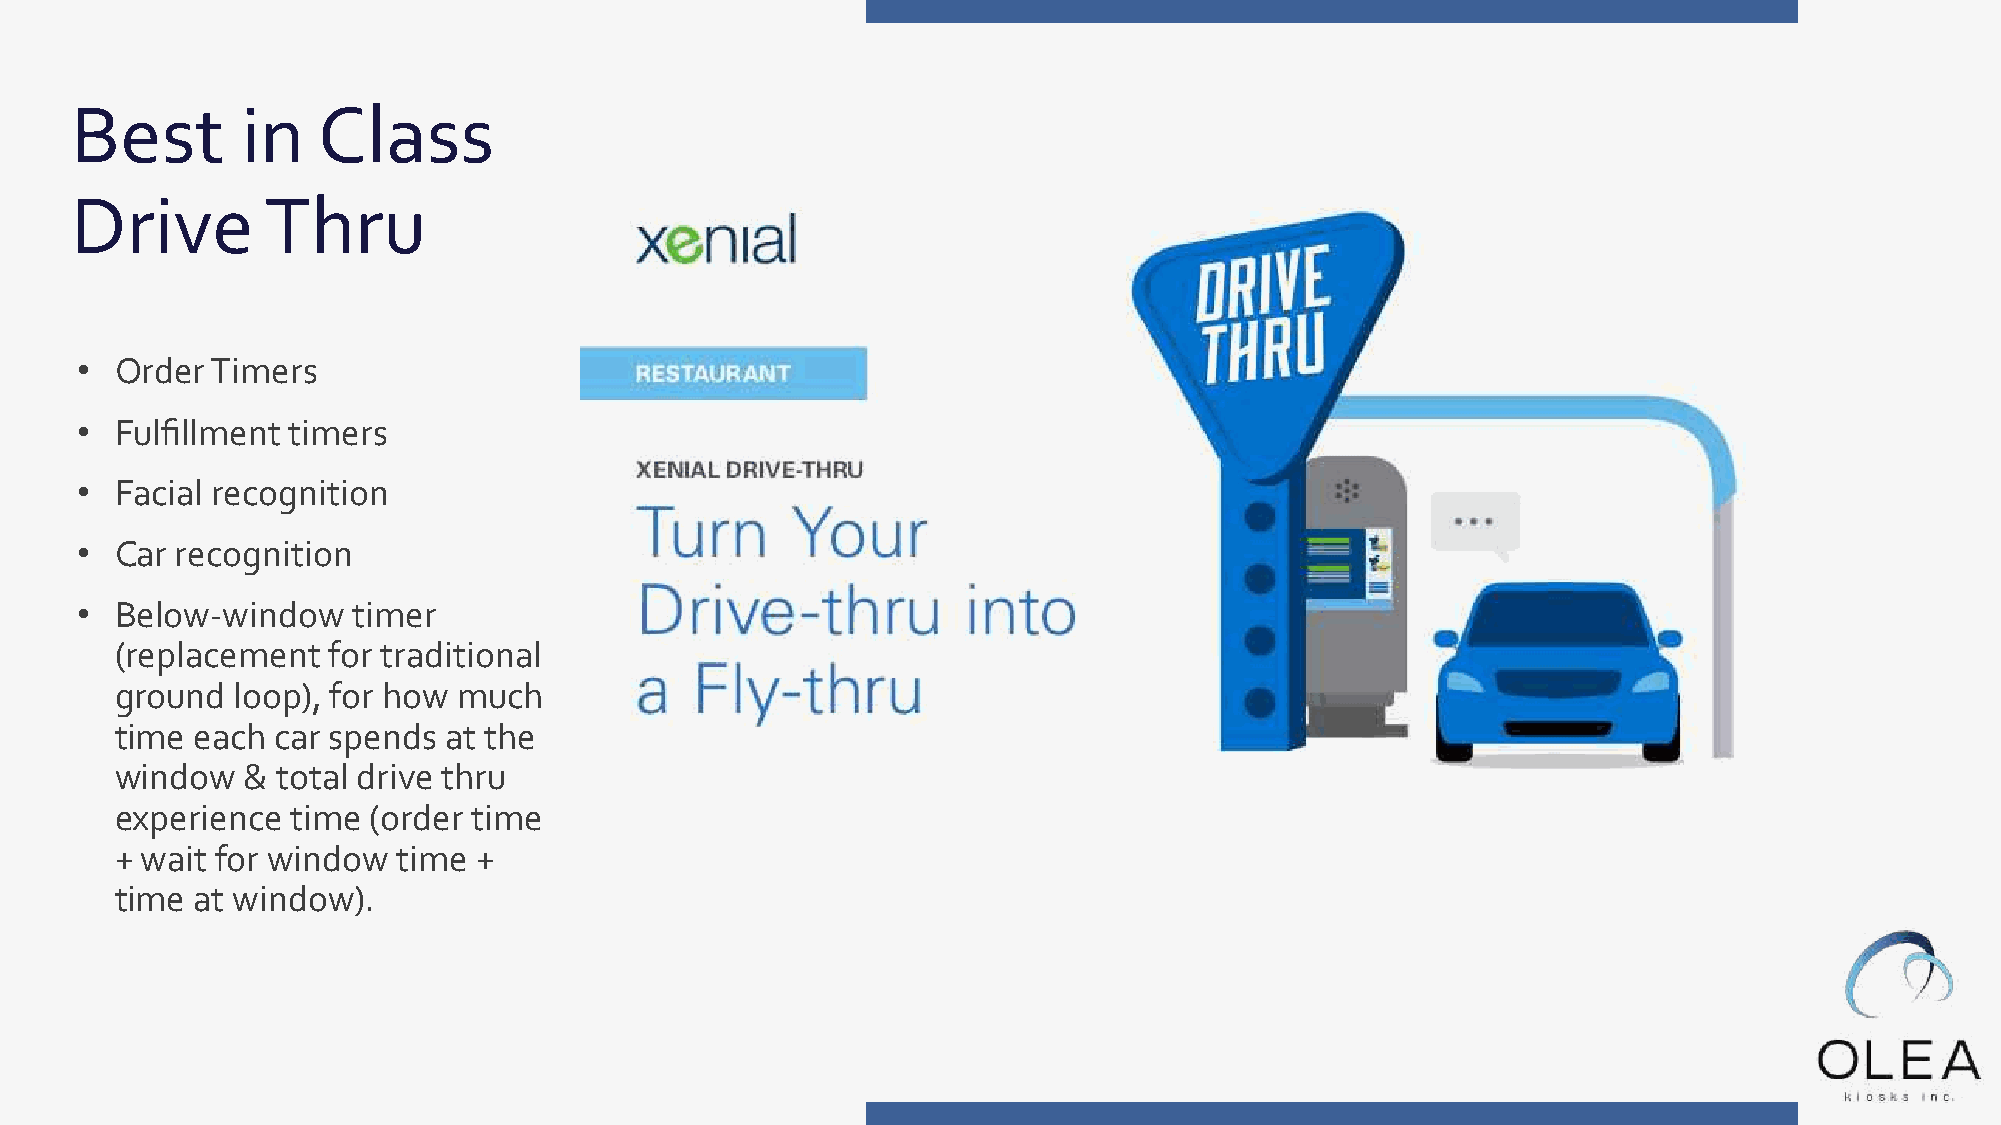
Best       in   Class
 Drive        Thru
 •  Order Timers
 •  Fulfillment timers
 •  Facial recognition
 •  Car recognition
 •  Below-window   timer
 (replacement  for traditional
 ground loop), for how much
 time each car spends at the
 window  & total drive thru
 experience time (order time
 + wait for window time +
 time at window).